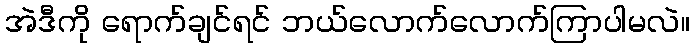
အဲဒီကို ရောက်ချင်ရင် ဘယ်လောက်လောက်ကြာပါမလဲ။